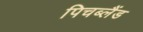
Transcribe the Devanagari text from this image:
पिचब्लैंड